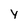
Character: Y